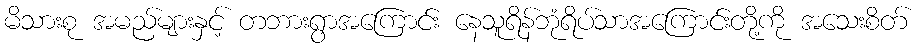
မိသားစု အမည်များနှင့် တဘားရွာအကြောင်း နေသူရိန်ဘုံရိပ်သာအကြောင်းတို့ကို အသေးစိတ်